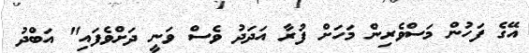
އޭގެ ފަހުން މަސްވެރިން މަހަށް ފުރާ އަދަދު ވެސް ވަނީ ދަށްވެފައި" އަބްދު